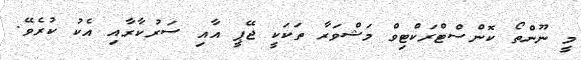
މީ ނޫންތޯ ކޮންސްޓްރަކްޓިވް މަޝްވަރާ ތަކަކީ ޖޭޕީ އާއި ސަރުކާރާއި އެކު ކުރެވޭ.